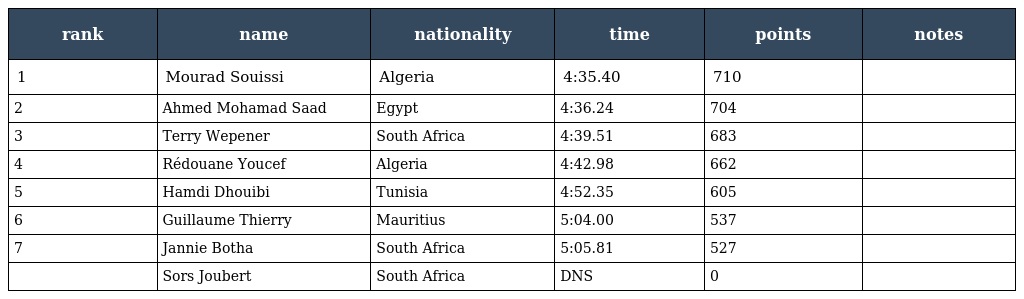
| rank | name | nationality | time | points | notes |
 | --- | --- | --- | --- | --- | --- |
 | 1 | Mourad Souissi | Algeria | 4:35.40 | 710 |  |
 | 2 | Ahmed Mohamad Saad | Egypt | 4:36.24 | 704 |  |
 | 3 | Terry Wepener | South Africa | 4:39.51 | 683 |  |
 | 4 | Rédouane Youcef | Algeria | 4:42.98 | 662 |  |
 | 5 | Hamdi Dhouibi | Tunisia | 4:52.35 | 605 |  |
 | 6 | Guillaume Thierry | Mauritius | 5:04.00 | 537 |  |
 | 7 | Jannie Botha | South Africa | 5:05.81 | 527 |  |
 |  | Sors Joubert | South Africa | DNS | 0 |  |